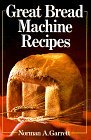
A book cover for Great Bread Machine Recipes; Norman A. Garrett; Cookbooks, Food & Wine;